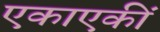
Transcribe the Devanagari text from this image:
एकाएकीं